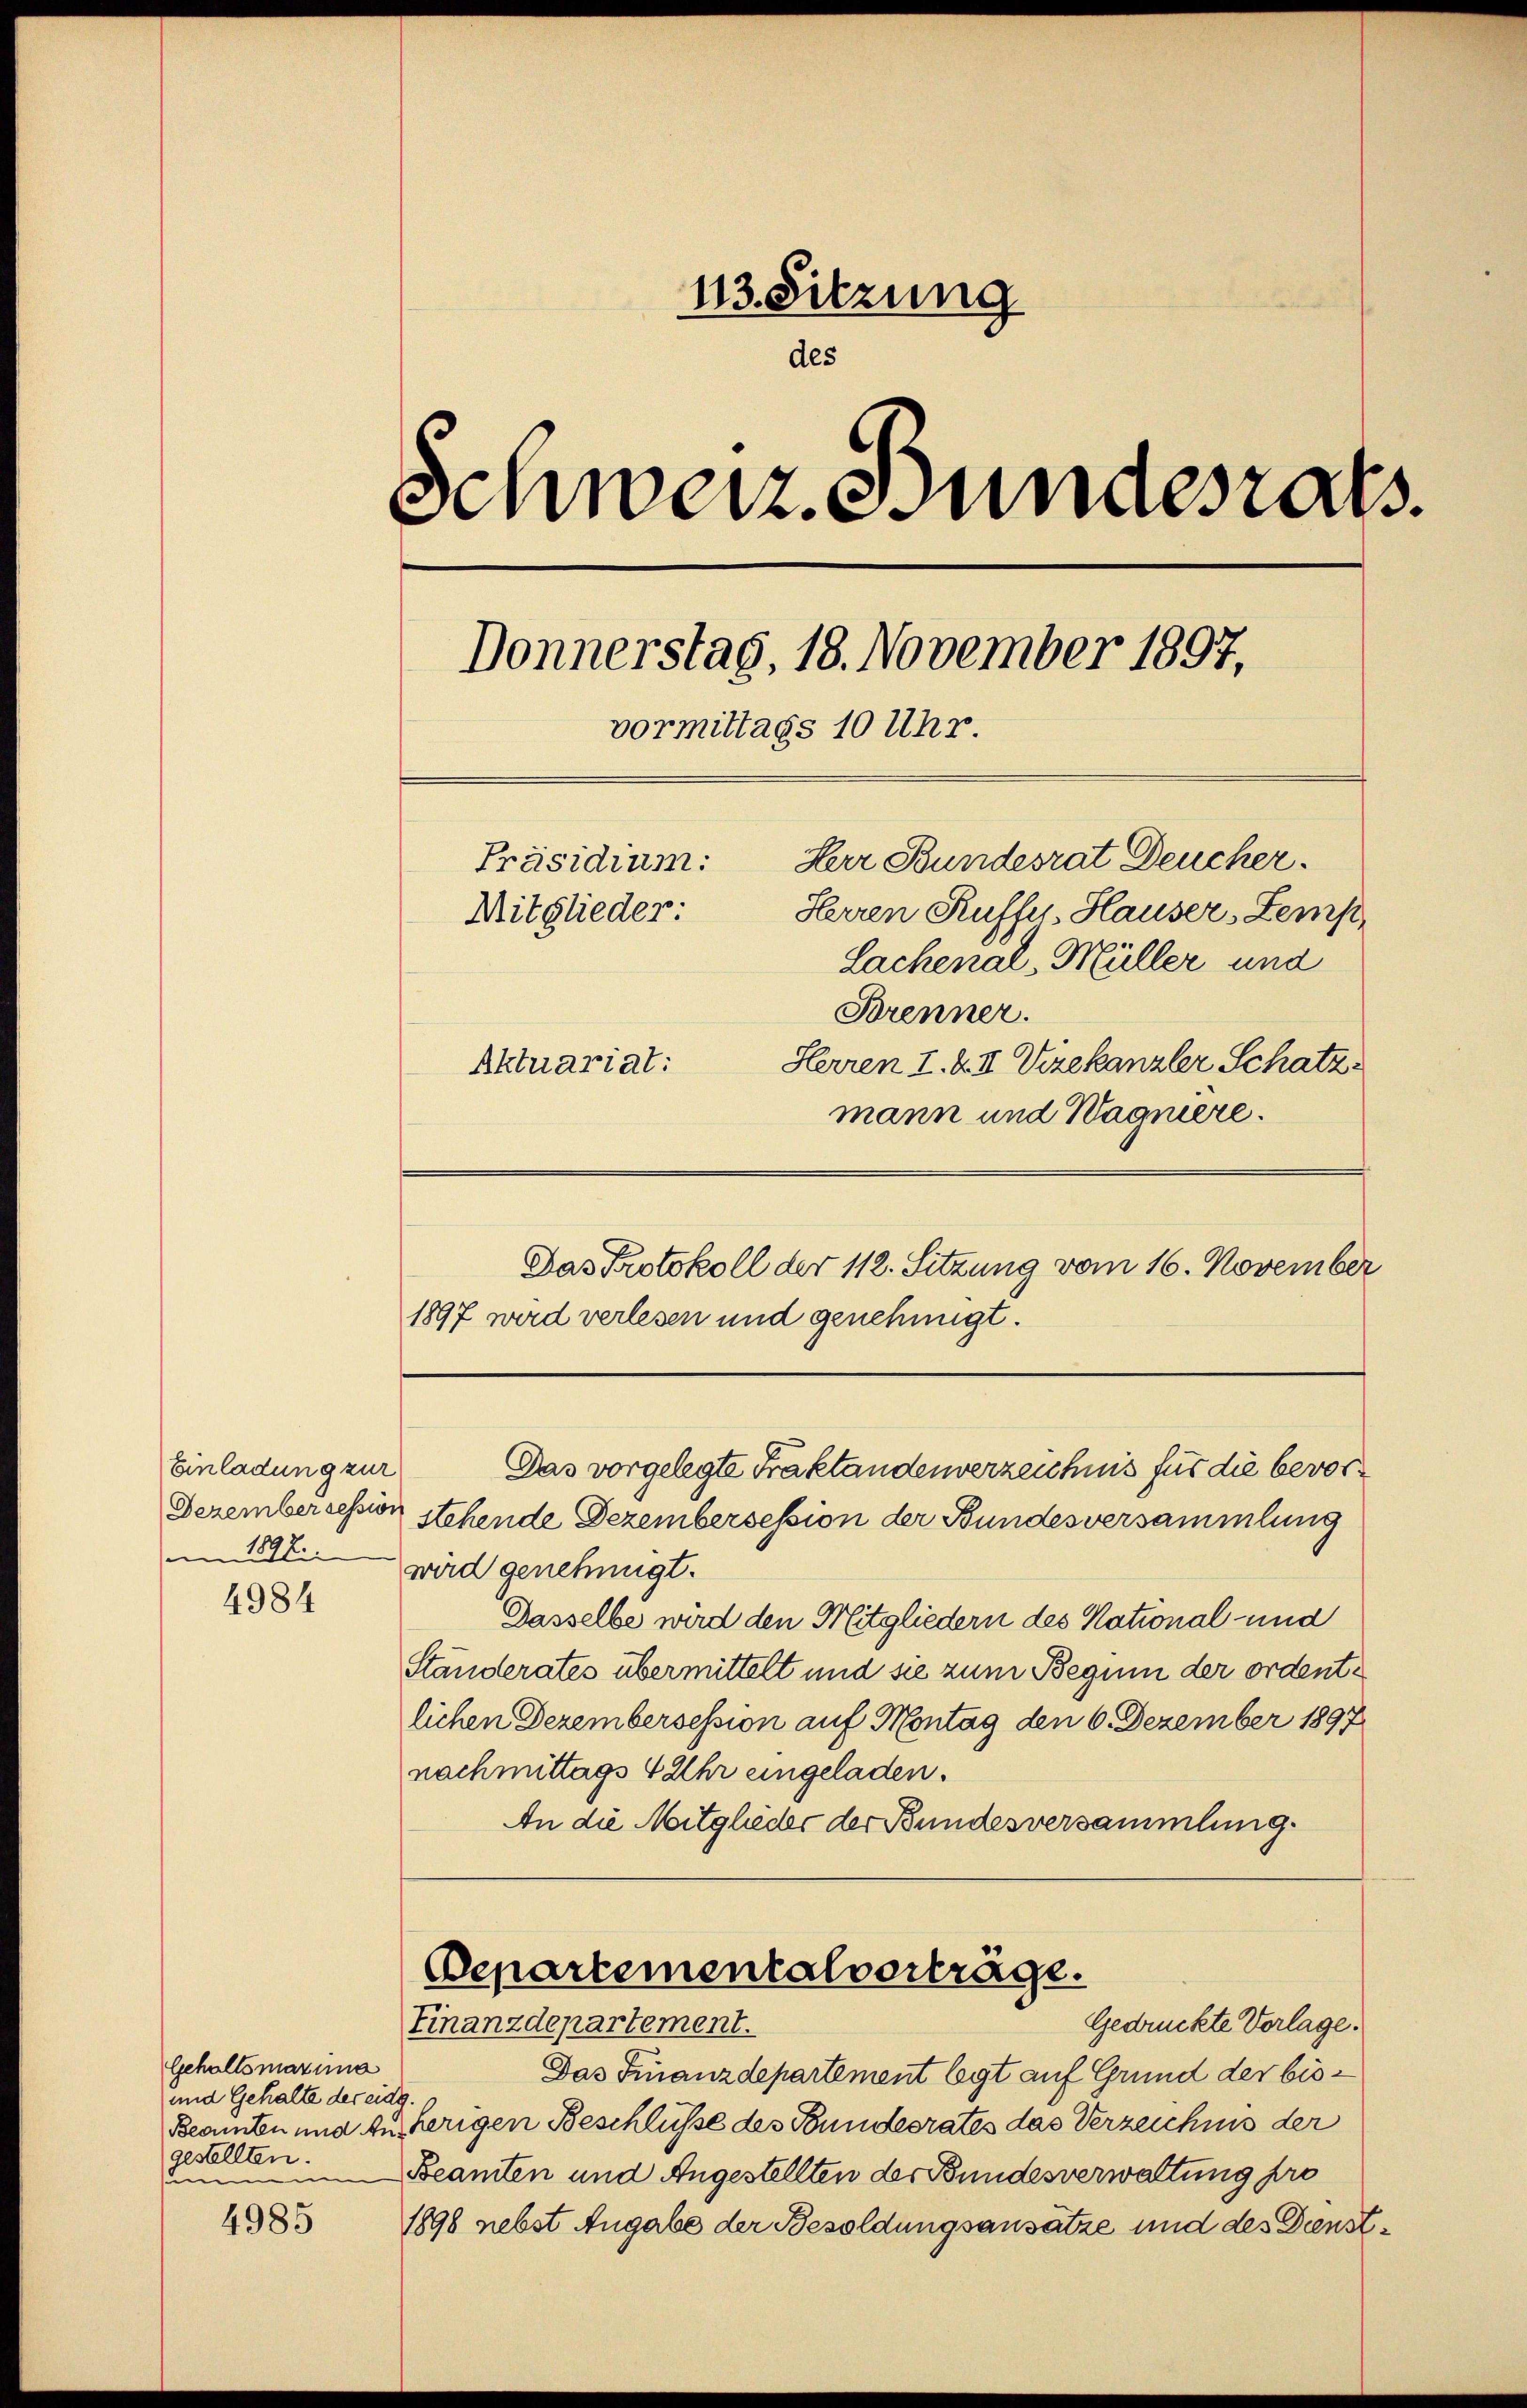
4985

113. Sitzung
des
Schweiz. Bundesrats.
Donnerstag, 18. November 1897,
vormittags 10 Uhr.

Einladung zur
am 12.
4984

Gehaltsmaxima
und Gehalte der eidg.
gestellten.
su

Herr Bundesrat Deucher.
Präsidium:
Herren Kuffer, Hauser, Zemp
Lachenal-Müller und
Brenner.
Herren I. & II Vizekanzler Schatz
Aktuariat:
mann und Wagnière.
Das Protokoll der 112. Sitzung vom 16. November
1897 wird verlesen und genehmigt.
Das vorgelegte Traktandenverzeichnis für die bevor¬
Dezembersession stehende Dezembersession der Bundesversammlung
wird genehmigt.
Dasselbe wird den Mitgliedern des National- und
Standerates übermittelt und sie zum Beguin der ordentlichen Dezembersession auf Montag den 6. Dezember 1897
nachmittags 4 Uhr eingeladen.
An die Mitglieder der Bundesversammlung.
Departementalverträge.
Finanzdepartement.
Gedrückte Vorlage.
Das Finanzdepartement legt auf Grund der bis¬
Beamten und ausherigen Beschlüsse des Bundesrates das Verzeichnis der
Beamten und Angestellten der Bundesverwaltung pro
1898 nebst Angabe der Besoldungsansätze und des Dienst¬

Mitglieder: